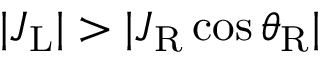
| J _ { \mathrm { L } } | > | J _ { \mathrm { R } } \cos \theta _ { \mathrm { R } } |